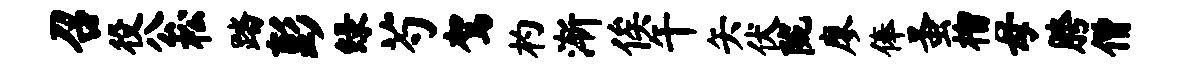
召役公松踏彭绿芍驾杓渐俟午矢伏陇廖俸蚤榴母胯僧